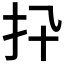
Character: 𢩲